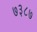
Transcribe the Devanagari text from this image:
७३८७